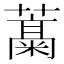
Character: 𬞹